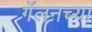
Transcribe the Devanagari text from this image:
गॅलनच्या